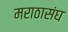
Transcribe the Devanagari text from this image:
मराठासंघ